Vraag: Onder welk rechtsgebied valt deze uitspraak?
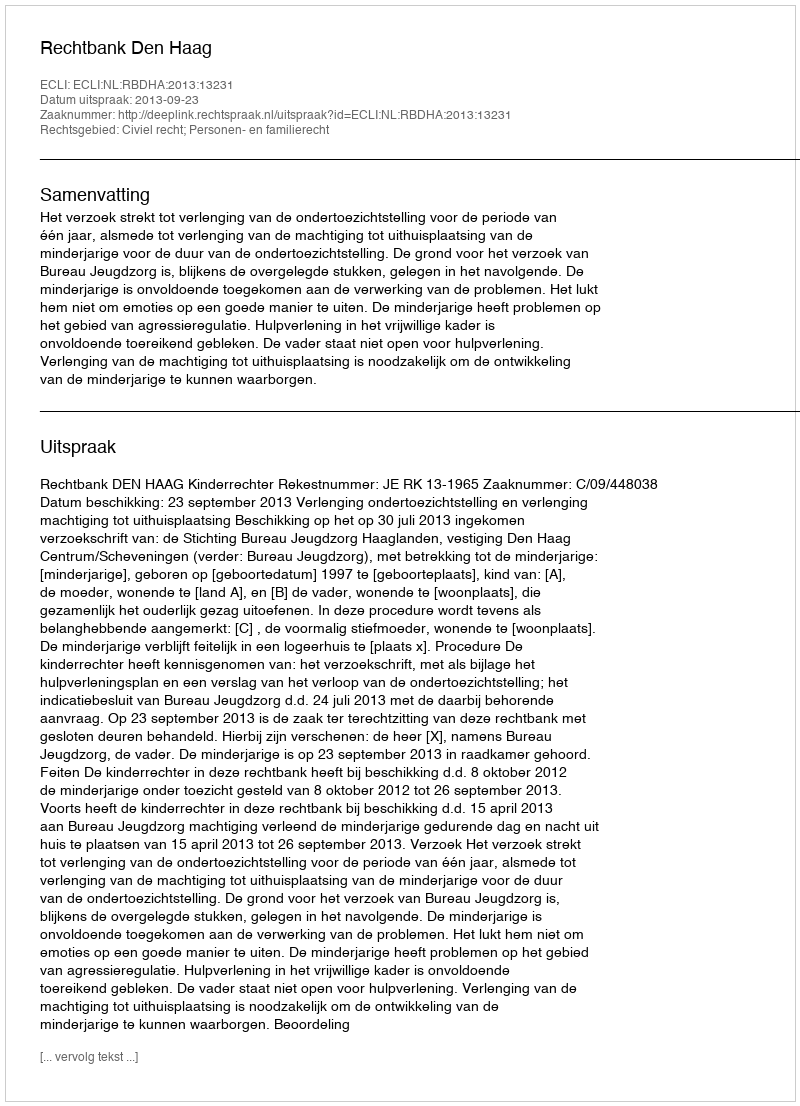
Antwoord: Civiel recht; Personen- en familierecht